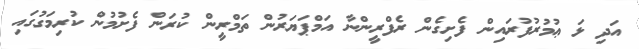
އަދި ޅަ ޢުމުރުފުރައިން ފެށިގެން ރެފްރީންނާ އަމްޕަޔަރުން ތަމްރީން ކުރަން ފެށުމުން ކުރިމަގުގައި